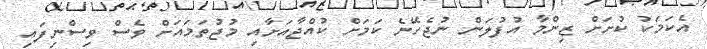
އެކަމަކު ކުށަށް ޒިންމާ އުފުލަން ނުޖެހޭނެ ކަމަށް ކުއްޖާއަށާއި މުޖުތަމައަށް ވެސް ވިސްނިފައި